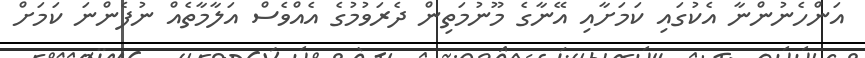
އަންހެނުންނާ އެކުގައި ކަމަށާއި އޭނާގެ މޫނުމަތިން ދެރަވުމުގެ އެއްވެސް އަލާމާތެއް ނުފެންނަ ކަމަށް